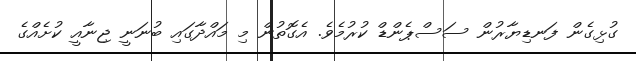
ގުޅިގެން ފަނޑިޔާރުން ސަސްޕެންޑް ކުރުމެވެ. އެގޮތުން މި މައްދާގައި ބުނަނީ ޖިނާއީ ކުށެއްގެ